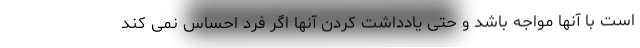
است با آنها مواجه باشد و حتی یادداشت کردن آنها اگر فرد احساس نمی کند